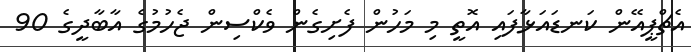
އެޗްޕީއޭން ކަނޑައަޅާފައި އޮތީ މި މަހުން ފެށިގެން ވެކްސިން ޖެހުމުގެ އާބާދީގެ 90